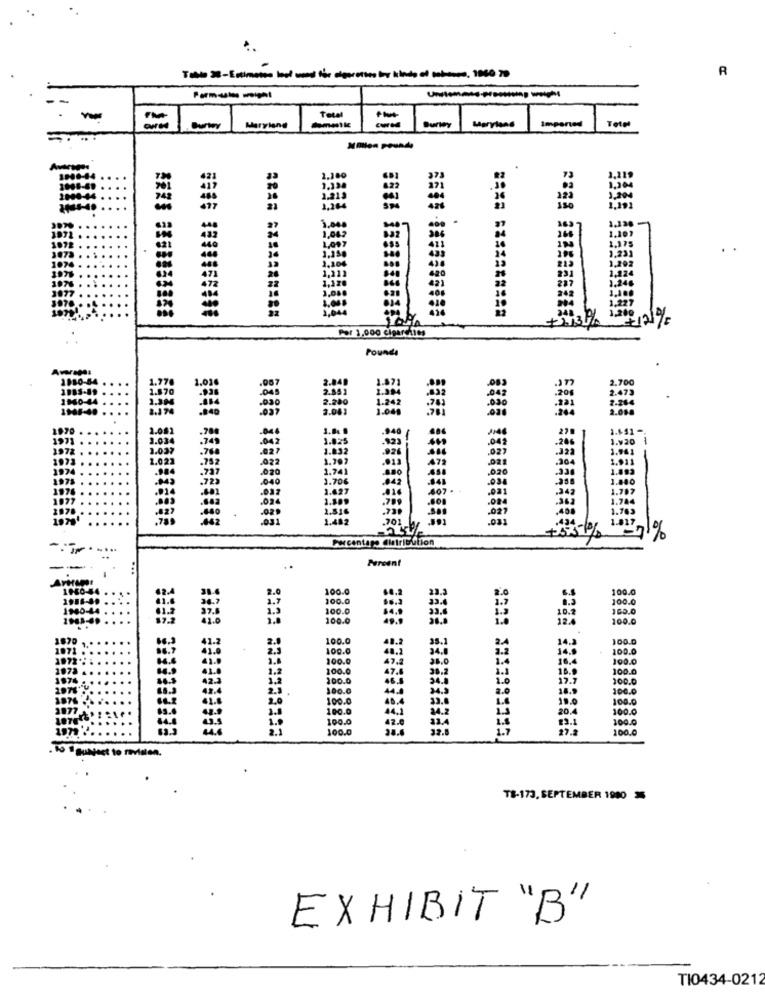
R
Tablo 38 - Estimator leof wood for cigarettes for kinds of tabasco, 1060 70
--
Total
Imported
Total
Cortey Maryland
cured
Burley
Maryland
Million pounds
1,200
150
1.000
1,04€
Por 1,000 cigarcities
Found
030
3.00
1970
3.511 -
1971
1.03
3.820
.04
1972
1.031
.027
1.032
.027
-200
107
1.02
.022
1.997
47
1974
.020
1.741
1973
1.70€
.020
1976
2040
407.
1977
1.482
1.017
Percentage Clairitution
Pureent
EEEEEEEECE EEEE
EEEEEEEEEE GECE
EBEREEEEEE BELE
EFEEEEEEEE EEEE
100.0
100.
100.0
100.0
100.0
160.0
100.0
10.8
12.4
100.0
11.2
100.0
100.0
100.0
14.2
100.
100.0
26.0
16.4
14.5
100.0
100.0
47.4
2.1
18.9
100.0
42.5
100.0
100.
100.0
2.0
16. 9
100.0
100.
180.0
46.4
20,4
100.0
100.0
13.1
100.0
100.0
38.6
32.5
1.7
27.2
100.
TB-173. SEPTEMBER 1900 3
EXHIBIT "B"
TI0434-0212